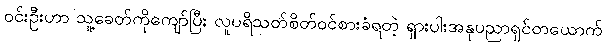
ဝင်းဦးဟာ သူ့ခေတ်ကိုကျော်ပြီး လူပရိသတ်စိတ်ဝင်စားခံရတဲ့ ရှားပါးအနုပညာရှင်တယောက်